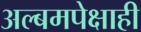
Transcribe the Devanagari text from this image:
अल्बमपेक्षाही